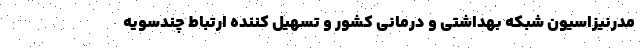
مدرنیزاسیون شبکه بهداشتی و درمانی کشور و تسهیل کننده ارتباط چندسویه